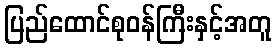
ပြည်ထောင်စုဝန်ကြီးနှင့်အတူ